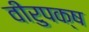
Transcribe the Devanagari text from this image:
वीरुपक्ष